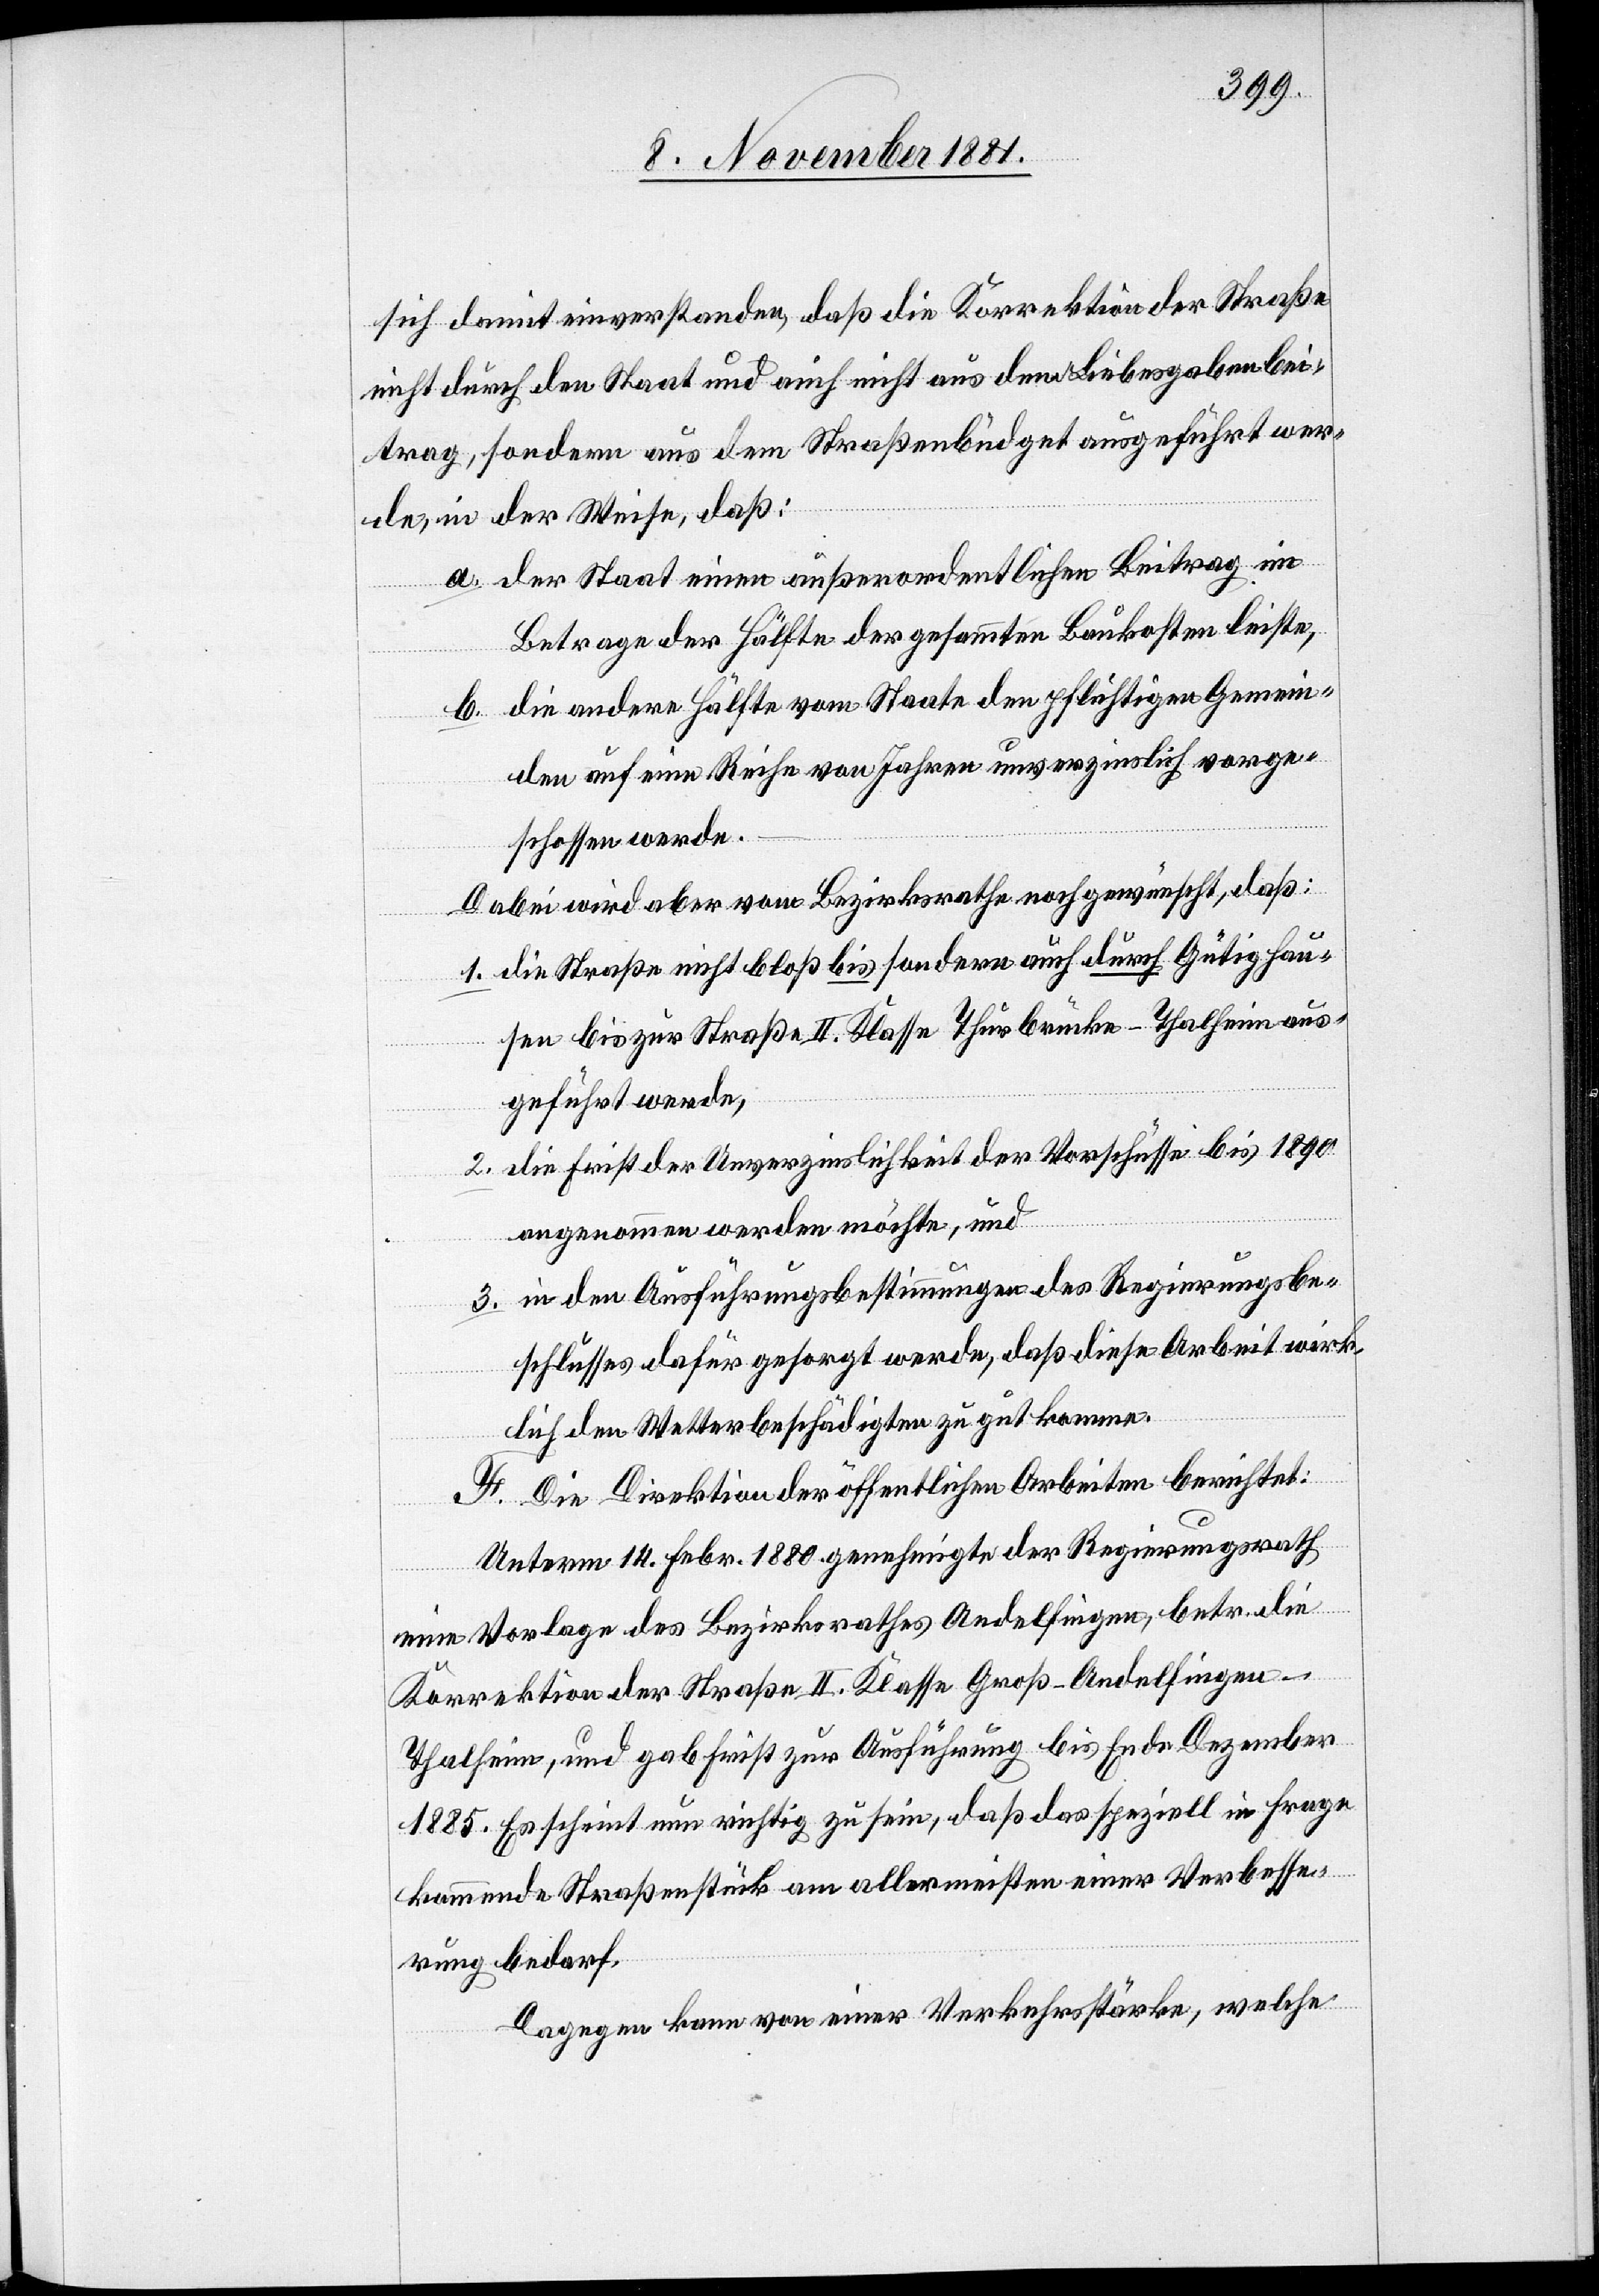
sich damit einverstanden, daß die Korrektion der Straße
nicht durch den Staat und auch nicht aus dem Liebesgabenbei¬
trag, sondern aus dem Straßenbüdget ausgeführt wer¬
de, in der Weise, daß:
a. der Staat einen außerordentlichen Beitrag im
Betrage der Hälfte der gesammten Baukosten leiste,
b. die andere Hälfte vom Staate den pflichtigen Gemein¬
den auf eine Reihe von Jahren unverzinslich vorge¬
schossen werde.
Dabei wird aber vom Bezirksrathe noch gewünscht, daß:
1. die Straße nicht bloß bis sondern auch durch Gütighau¬
sen bis zur Straße II. Klasse Thurbrücke–Thalheim aus¬
geführt werde,
2. in den Ausführungsbestimmungen des Regierungsbe¬
schlusses dafür gesorgt werde, daß diese Arbeit wirk¬
lich den Wetterbeschädigten zu gut komme.
F. Die Direktion der öffentlichen Arbeiten berichtet:
Unterm 14 Febr. 1880 genehmigte der Regierungsrath
eine Vorlage des Bezirksrathes Andelfingen, betr. die
Korrektion der Straße II. Klasse Groß-Andelfingen–T¬
halheim, und gab Frist zur Ausführung bis Ende Dezember
1885. Es scheint nun richtig zu sein, daß das speziell in Frage
kommende Straßenstück am allermeisten einer Verbesse¬
rung bedarf.
Dagegen kann von einer Verkehrsstärke, welche